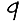
Digit: 9